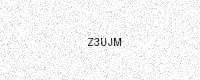
Text: Z3UJM